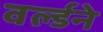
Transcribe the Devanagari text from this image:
वर्ल्डने